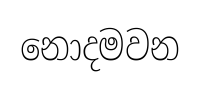
නොදමවන